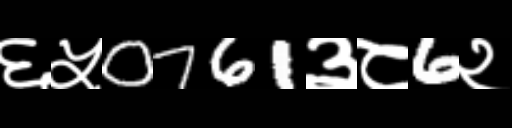
Text: ६५0761३८6२